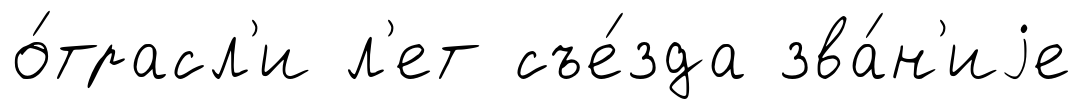
о́трасл'и л'ет съе́зда зва́н'иjе